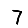
Digit: 7